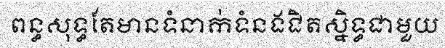
ពន្ធសុទ្ធតែមានទំនាក់ទំនងជិតស្និទ្ធជាមួយ